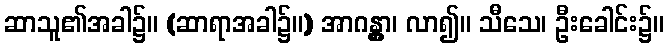
ဆာသူ၏အခါ၌။ (ဆာရာအခါ၌။) အာဂန္တွာ၊ လာ၍။ သီသေ၊ ဦးခေါင်း၌။